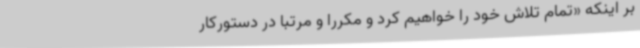
بر اینکه «تمام تلاش خود را خواهیم کرد و مکرراً و مرتبا در دستورکار